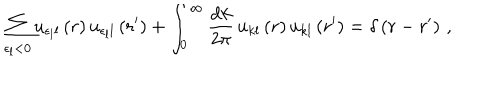
LaTeX: \sum _ { \epsilon _ { l } < 0 } u _ { \epsilon _ { l } l } \left( r \right) u _ { \epsilon _ { l } l } \left( r ^ { \prime } \right) + \int _ { 0 } ^ { \infty } \frac { \mathrm { d } k } { 2 \pi } \, u _ { k l } \left( r \right) u _ { k l } \left( r ^ { \prime } \right) = \delta \left( r - r ^ { \prime } \right) \, ,